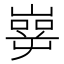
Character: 𰎶